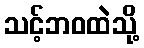
သင့်ဘဝထဲသို့